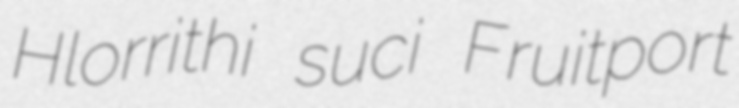
Hlorrithi suci Fruitport